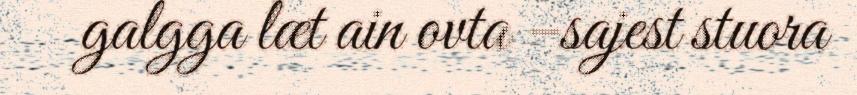
galgga læt ain ovta –sajest stuora